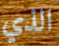
الذي